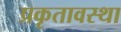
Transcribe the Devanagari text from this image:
प्रकृतावस्था